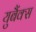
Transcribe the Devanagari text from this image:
युबैंक्स